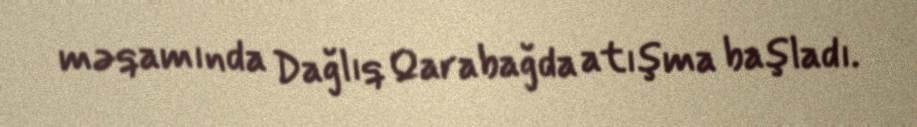
məqamında Dağlıq Qarabağda atışma başladı.